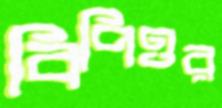
বিপিওর